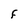
Character: F